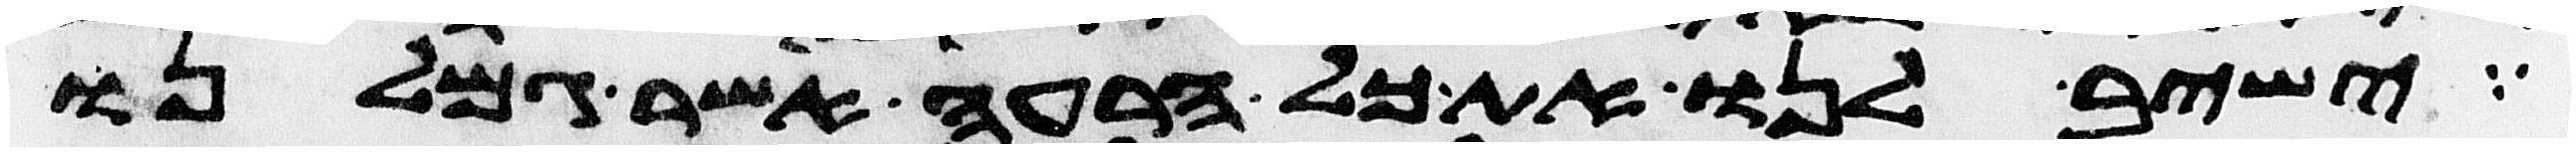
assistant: ישיב לנו את כל הרעה אשר גמלנו